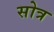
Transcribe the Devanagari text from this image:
सोत्र